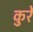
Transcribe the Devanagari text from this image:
कुर्रे